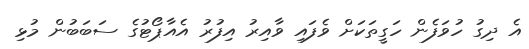
އެ ދިގު ހުވަފެން ހަގީތަކަށް ވެފައި ވާއިރު އިފުރު އެއާޕޯޓުގެ ސަބަބުން މުޅި